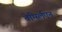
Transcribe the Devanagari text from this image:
बेर्ग्स्लिएन